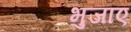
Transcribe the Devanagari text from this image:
भुजाए